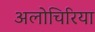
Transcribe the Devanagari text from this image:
अलोचिरिया